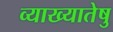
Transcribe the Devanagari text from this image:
व्याख्यातेषु